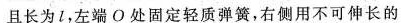
且长为l，左端О处固定轻质弹簧，右侧用不可伸长的